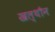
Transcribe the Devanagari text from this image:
खल्थौन